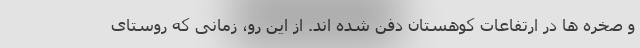
و صخره ها در ارتفاعات کوهستان دفن شده اند. از این رو، زمانی که روستای